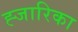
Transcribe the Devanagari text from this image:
ह्जारिका